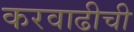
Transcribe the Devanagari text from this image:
करवाढीची